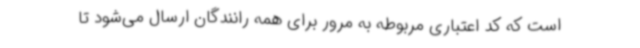
است که کد اعتباری مربوطه به مرور برای همه رانندگان ارسال می‌شود تا